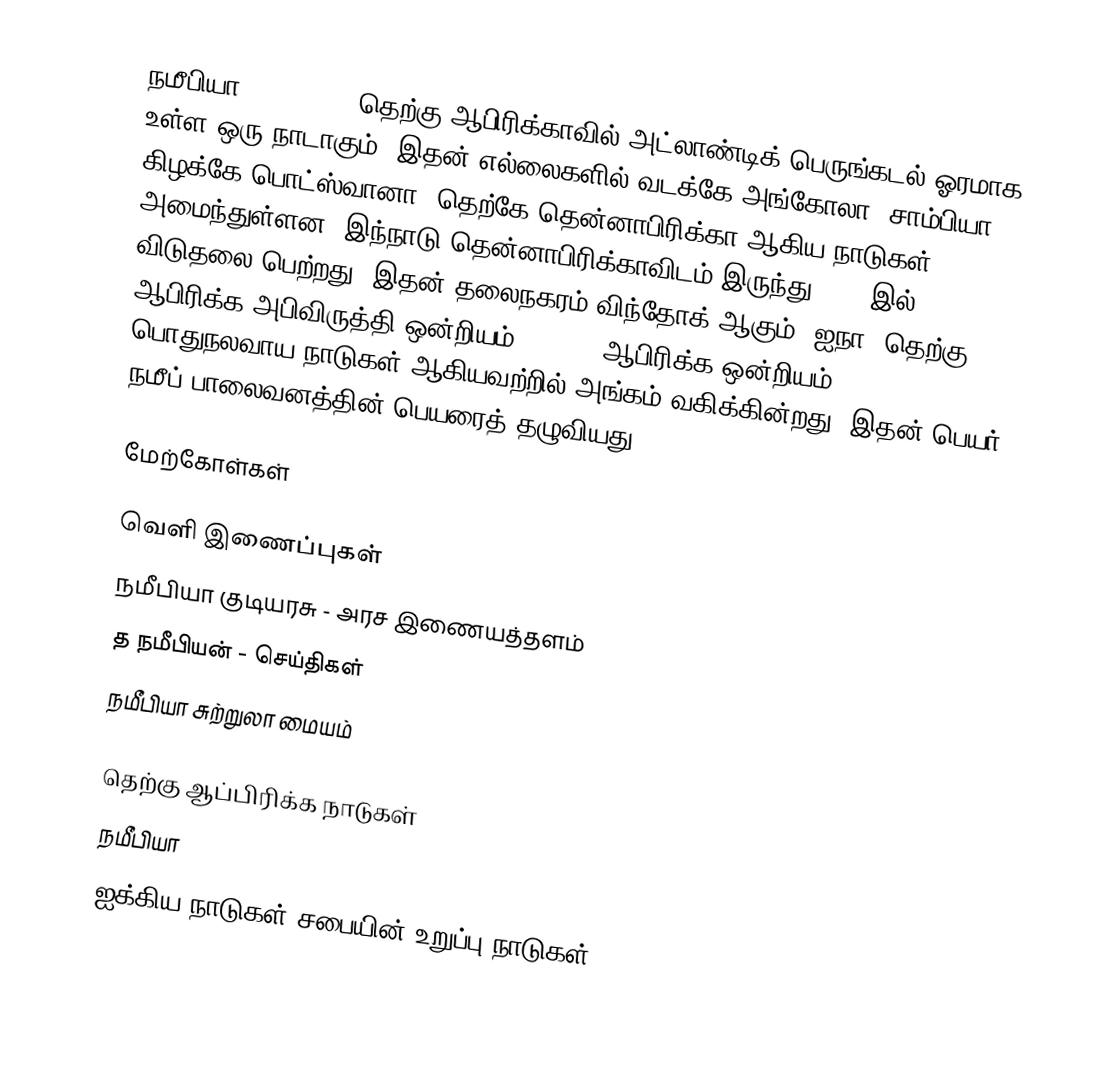
நமீபியா (Namibia), தெற்கு ஆபிரிக்காவில் அட்லாண்டிக் பெருங்கடல் ஓரமாக உள்ள ஒரு நாடாகும். இதன் எல்லைகளில் வடக்கே அங்கோலா, சாம்பியா, கிழக்கே பொட்ஸ்வானா, தெற்கே தென்னாபிரிக்கா ஆகிய நாடுகள் அமைந்துள்ளன. இந்நாடு தென்னாபிரிக்காவிடம் இருந்து 1990 இல் விடுதலை பெற்றது. இதன் தலைநகரம் விந்தோக் ஆகும். ஐநா, தெற்கு ஆபிரிக்க அபிவிருத்தி ஒன்றியம்  (SADC), ஆபிரிக்க ஒன்றியம் (AU), பொதுநலவாய நாடுகள் ஆகியவற்றில் அங்கம் வகிக்கின்றது. இதன் பெயர் நமீப் பாலைவனத்தின் பெயரைத் தழுவியது.

மேற்கோள்கள்

வெளி இணைப்புகள்
 நமீபியா குடியரசு - அரச இணையத்தளம்
 த நமீபியன் - செய்திகள்
 நமீபியா சுற்றுலா மையம்

தெற்கு ஆப்பிரிக்க நாடுகள்
நமீபியா
ஐக்கிய நாடுகள் சபையின் உறுப்பு நாடுகள்